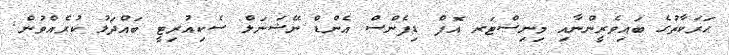
ޙަރަކާތުގެ ބައިވެރީންނާއި މިނިސްޓަރ އޮފް ޑިފެންސް އެންޑް ނޭޝަނަލް ސެކިއުރިޓީ ބައްދަލު ކުރެއްވުން.